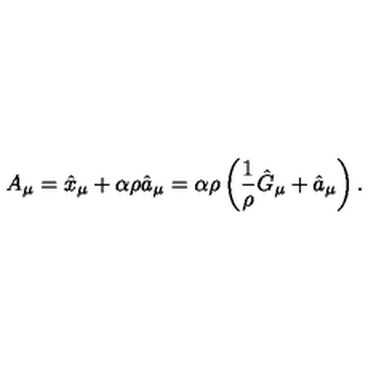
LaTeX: A _ { \mu } = \hat { x } _ { \mu } + \alpha \rho \hat { a } _ { \mu } = \alpha \rho \left( \frac { 1 } { \rho } \hat { G } _ { \mu } + \hat { a } _ { \mu } \right) .